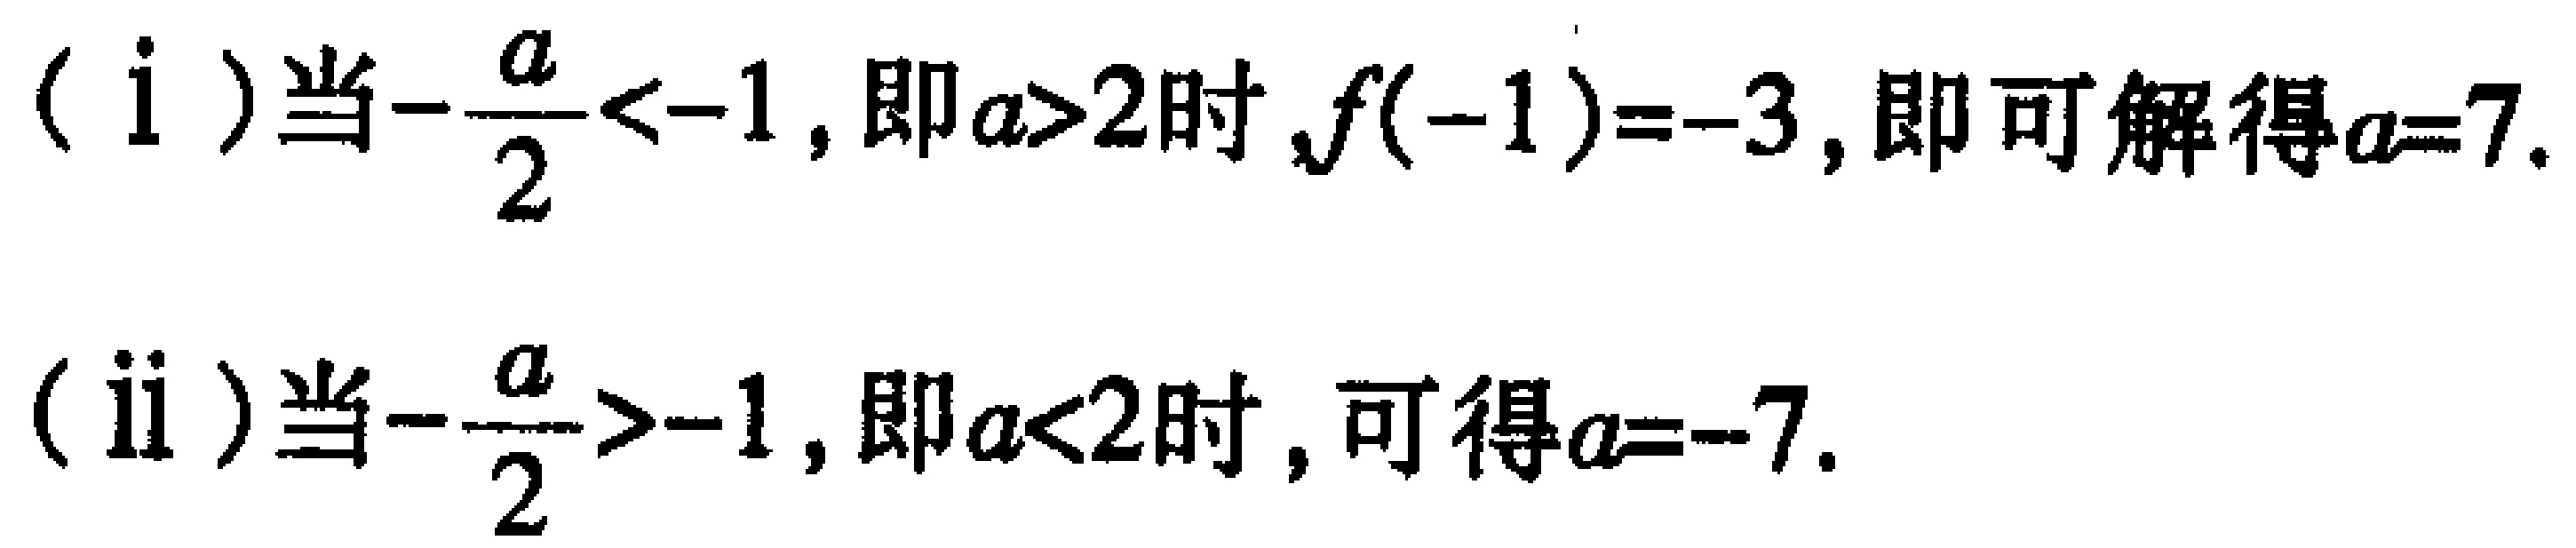
（i）当\(-\frac{a}{2} < -1\)，即\(a > 2\)时，\(f(-1)=-3\)，即可解得\(a = 7\)。
（ii）当\(-\frac{a}{2} > -1\)，即\(a < 2\)时，可得\(a = -7\)。